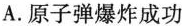
A.原子弹爆炸成功